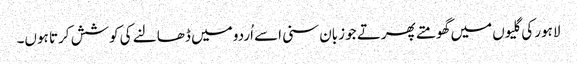
لاہور کی گلیوں میں گھومتے پھرتے جو زبان سنی اسے اُردو میں ڈھالنے کی کوشش کرتا ہوں۔